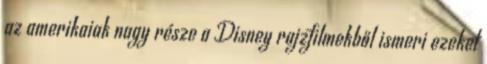
az amerikaiak nagy része a Disney rajzfilmekből ismeri ezeket